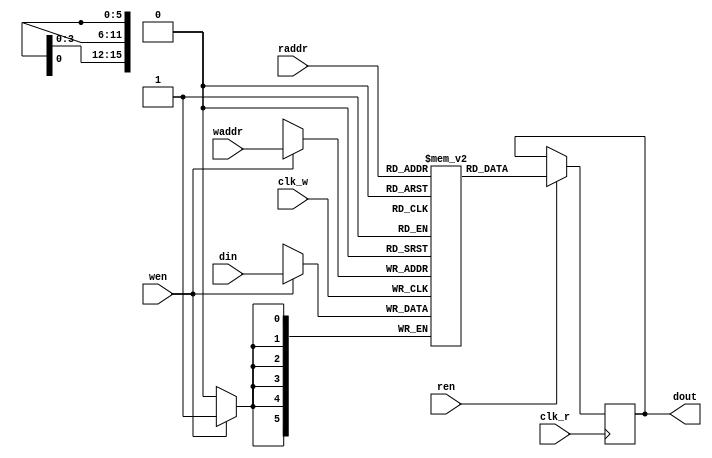
`timescale 1ns / 1ps

// 6-bit wide, 256*240-entry framebuffer, read/write dual-port
module nes_fb(
    input clk_r,        // DP clock
    input ren,
    input [15:0] raddr,
    output reg [5:0] dout,
    
    input clk_w,        // PPU clock
    input wen,
    input [15:0] waddr,
    input [5:0] din);
    
(* ram_style = "block" *) reg [5:0] fb [256*240-1:0];    // frame buffer of 256*240, 45KB

always @(posedge clk_r) begin
    if (ren) begin
        dout <= fb[raddr]; 
    end
end
    
always @(posedge clk_w) begin
    if (wen) begin
        fb[waddr] <= din;
    end
end

endmodule